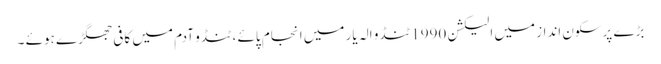
بڑے پرسکون انداز میں الیکشن 1990 ٹنڈو الہ یار میں انجام پائے ، ٹنڈو آدم میں کافی جھگڑے ہوئے ۔